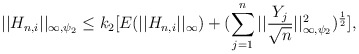
\begin{align*}||H_{n,i}||_{\infty,\psi_2} \le k_2[ E(||H_{n,i}||_{\infty}) + (\sum_{j=1}^n ||\frac{Y_j}{\sqrt n}||_{\infty,\psi_2}^2)^{\frac{1}{2}}], \end{align*}